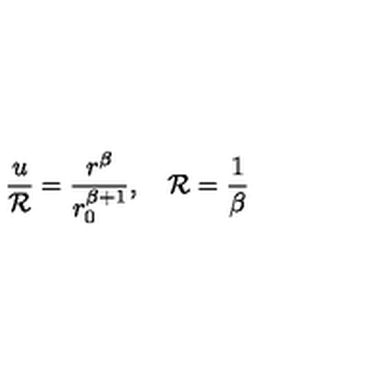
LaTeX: { \frac { u } { \cal R } } = { \frac { r ^ { \beta } } { r _ { 0 } ^ { \beta + 1 } } } , \quad { \cal R } = { \frac { 1 } { \beta } }